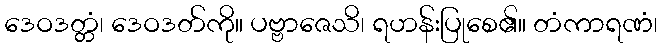
ဒေဝဒတ္တံ၊ ဒေဝဒတ်ကို။ ပဗ္ဗာဇေသိ၊ ရဟန်းပြုစေ၏။ တံကာရဏံ၊